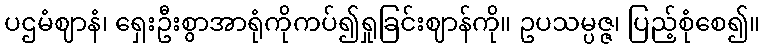
ပဌမံဈာနံ၊ ရှေးဦးစွာအာရုံကိုကပ်၍ရှုခြင်းဈာန်ကို။ ဥပသမ္ပဇ္ဇ၊ ပြည့်စုံစေ၍။